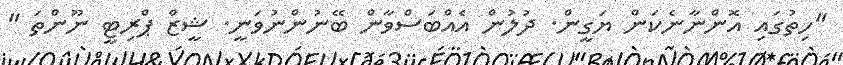
"ހިތުގައި އޮންނާނެކަން ޔަގީން. ދުލުން އެއްބަސްވާން ބޭނުންނުވަނީ. ޝީޒް ޕްރިޓީ ނޫންތަ "